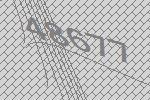
48677